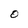
Character: O